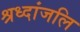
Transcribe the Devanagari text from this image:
श्रध्दांजलि